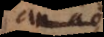
an ad